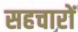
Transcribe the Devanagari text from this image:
सहचारों